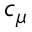
c _ { \mu }